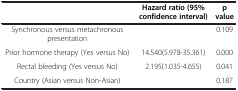
|  | Hazard ratio (95% confidence interval) | p value |
 | --- | --- | --- |
 | Synchronous versus metachronous presentation |  | 0.109 |
 | Prior hormone therapy (Yes versus No) | 14.540(5.978-35.361) | 0.000 |
 | Rectal bleeding (Yes versus No) | 2.195(1.035-4.655) | 0.041 |
 | Country (Asian versus Non-Asian) |  | 0.187 |